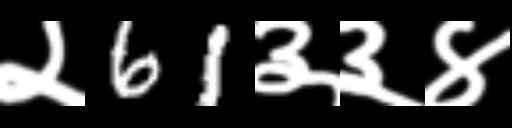
Text: २61३३४